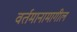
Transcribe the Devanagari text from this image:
वर्तमानामागील